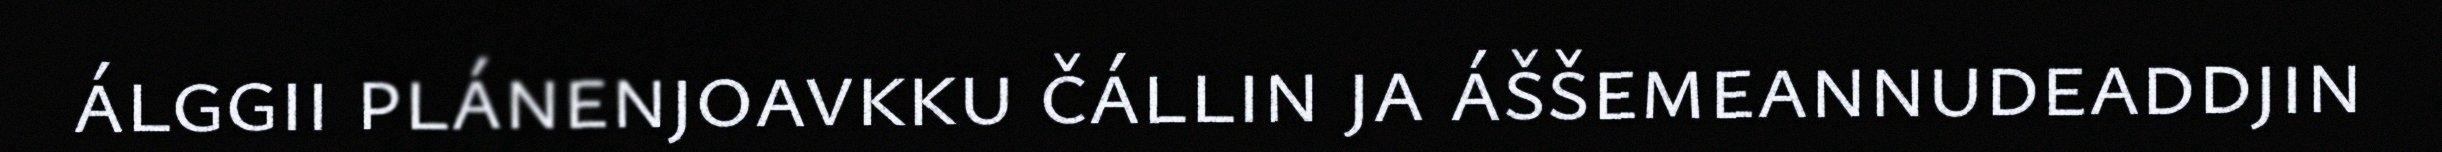
álggii plánenjoavkku čállin ja áššemeannudeaddjin